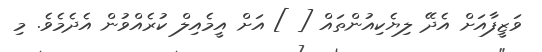
ވަޒީފާއަށް އެދޭ ލިޔެކިއުންތައް [ ] އަށް އީމެއިލް ކުރެއްވުން އެދެމެވެ. މި